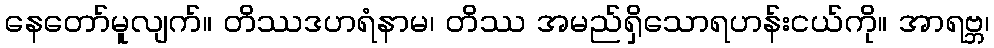
နေတော်မူလျက်။ တိဿဒဟရံနာမ၊ တိဿ အမည်ရှိသောရဟန်းငယ်ကို။ အာရဗ္ဘ၊